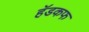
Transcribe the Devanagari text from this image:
हॅडकफ